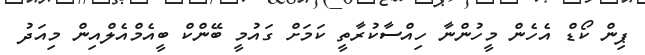
ޕިން ކޯޑް އެހެން މީހުންނާ ހިއްސާކުރާތީ ކަމަށް ގައުމީ ބޭންކް ބީއެމްއެލްއިން މިއަދު